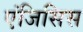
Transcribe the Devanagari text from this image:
एंजिसिस